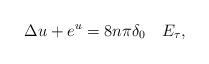
LaTeX: \begin{align*}\Delta u+e^{u}=8n\pi \delta_{0}\ \ \ E_{\tau},\end{align*}